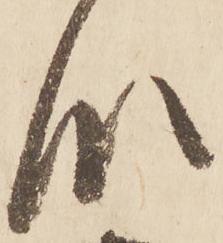
段